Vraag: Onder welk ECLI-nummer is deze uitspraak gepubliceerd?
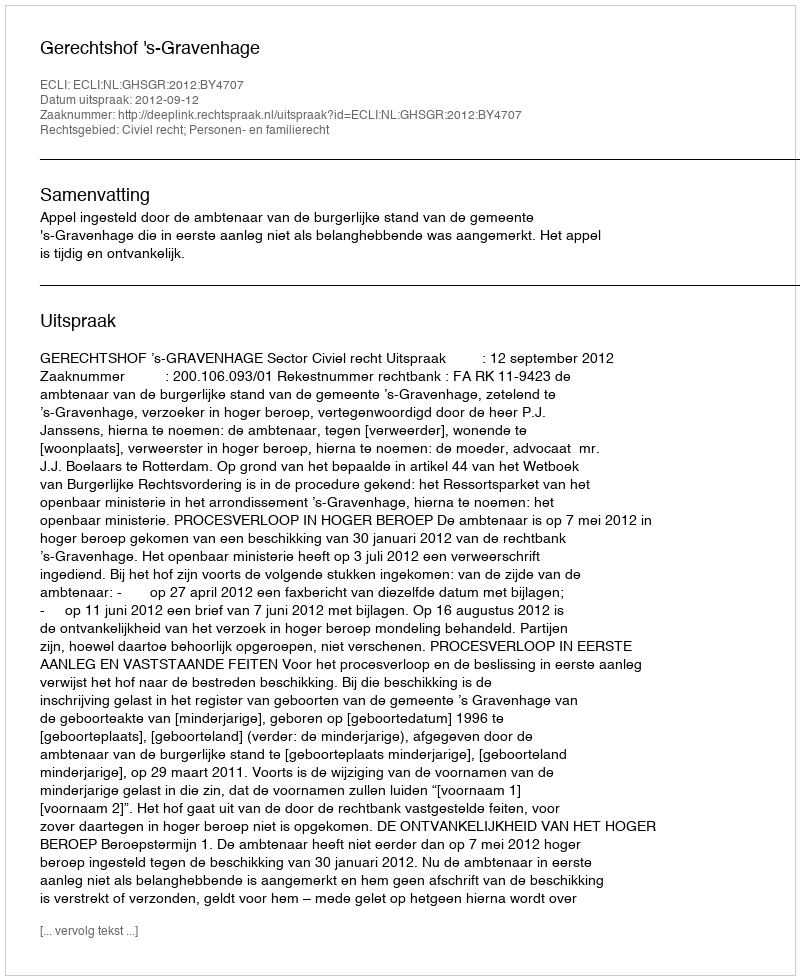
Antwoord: ECLI:NL:GHSGR:2012:BY4707